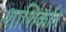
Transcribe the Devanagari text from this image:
शाशिकांत